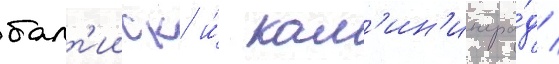
балт'ииск и́ кал'ин'ингра́д /